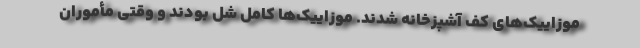
موزاییک‌های کف آشپزخانه شدند. موزاییک‌ها کامل شل بودند و وقتی مأموران